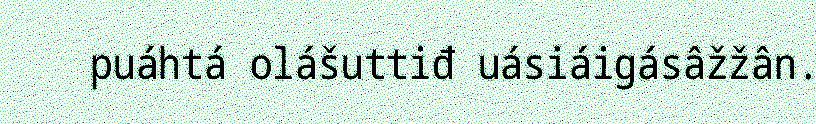
puáhtá olášuttiđ uásiáigásâžžân.